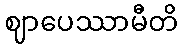
ဈာပေဿာမီတိ